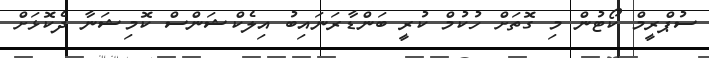
ސުޕްރީމް ކޯޓުން މި ގޮތަށް ހުކުމް ކުރީ ބަންޑާރަނައިބު އިލެކްޝަންސް ކޮމިޝަނާ ދެކޮޅަށް